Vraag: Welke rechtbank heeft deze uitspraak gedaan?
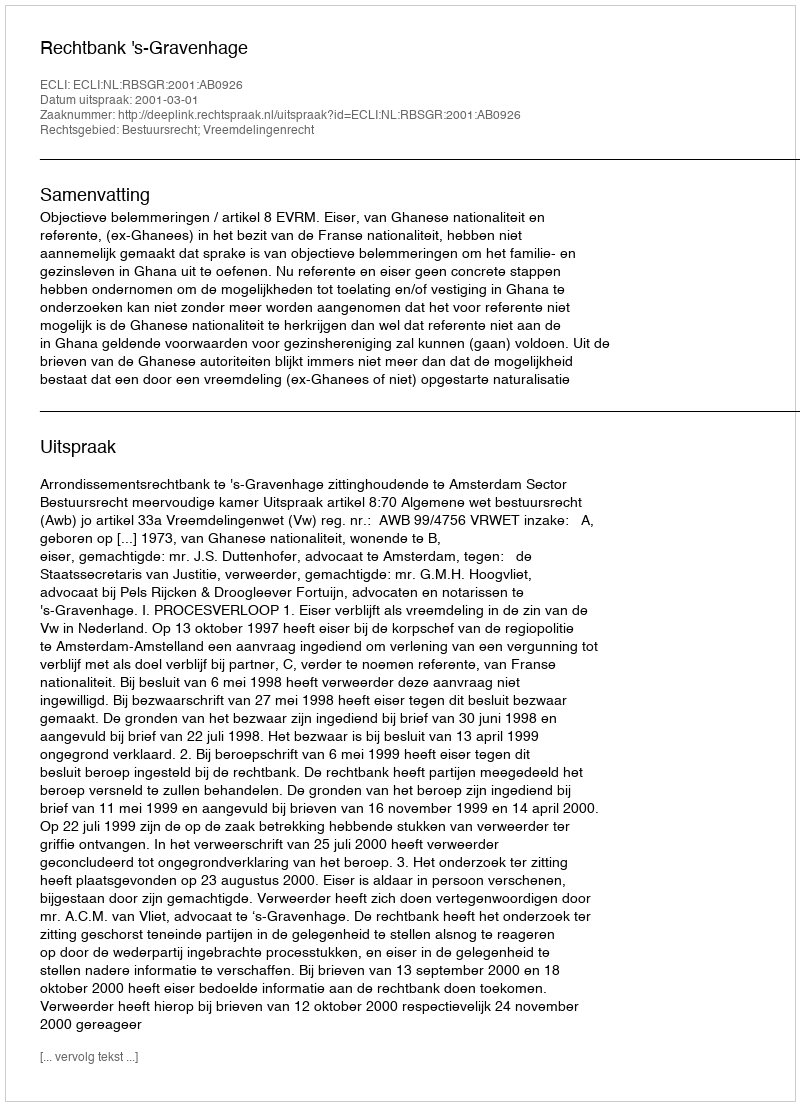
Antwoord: Rechtbank 's-Gravenhage